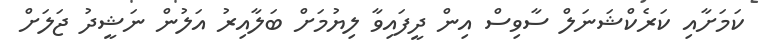
ކަމަށާއި ކަރެކްޝަނަލް ސާވިސް އިން ދީފައިވާ ލިޔުމަށް ބަލާއިރު އަލުން ނަޝީދު ޖަލަށް